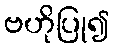
ဗဟိုပြု၍